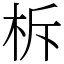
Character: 柝